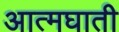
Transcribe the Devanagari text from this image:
अात्मघाती